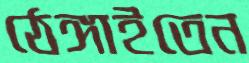
ঠেঙ্গাইতেন